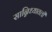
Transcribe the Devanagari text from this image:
सान्निध्यातली